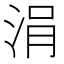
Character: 涓